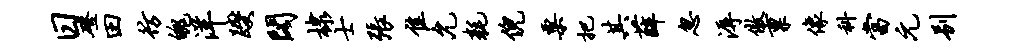
日磴田彷魄洋躞阁棣士张隹允耗倪粟把其薛忽溽傲禀像科当元别